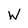
Character: W